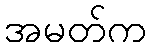
အမတ်က